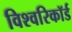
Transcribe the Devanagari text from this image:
विश्वरिकॉर्ड